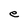
Character: e